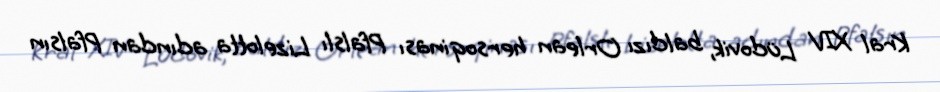
Kral XIV Lüdovik, baldızı Orlean hersoqinası Pfalslı Lizelotta adından Pfalsın